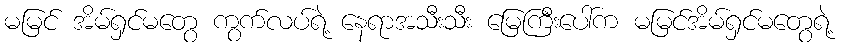
မမြင် အိမ်ရှင်မတွေ ကွက်လပ်ရဲ့ နေရာအသီးသီး မြေကြီးပေါ်က မမြင်အိမ်ရှင်မတွေရဲ့